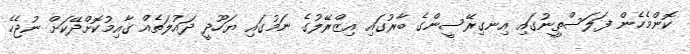
ކޮންމެހެން ފަލަސްތީނުގައި އިނގިރޭސީންގެ ބާރުގައި އިޒްރޭލުގެ ނަމުގައި ޔަހޫދީ ދައުލަތެއް ގާއިމުކޮށްދޭކަށް ނުޖެހެ